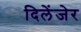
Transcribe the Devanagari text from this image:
दिलेंजेर